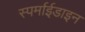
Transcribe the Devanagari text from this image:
स्पर्माईडाइन